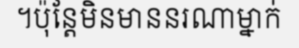
។ប៉ុន្តែមិនមាននរណាម្នាក់